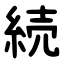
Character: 続